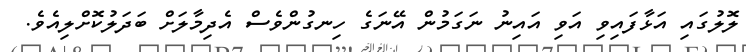
ލޮލުގައި އަޅާފައިވި އަވި އައިނު ނަގަމުން އޭނަގެ ހިނގުންވެސް އެދިމާލަށް ބަދަލުކޮށްލިއެވެ.